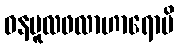
ဝနမူလဖလာဟာရောပိ